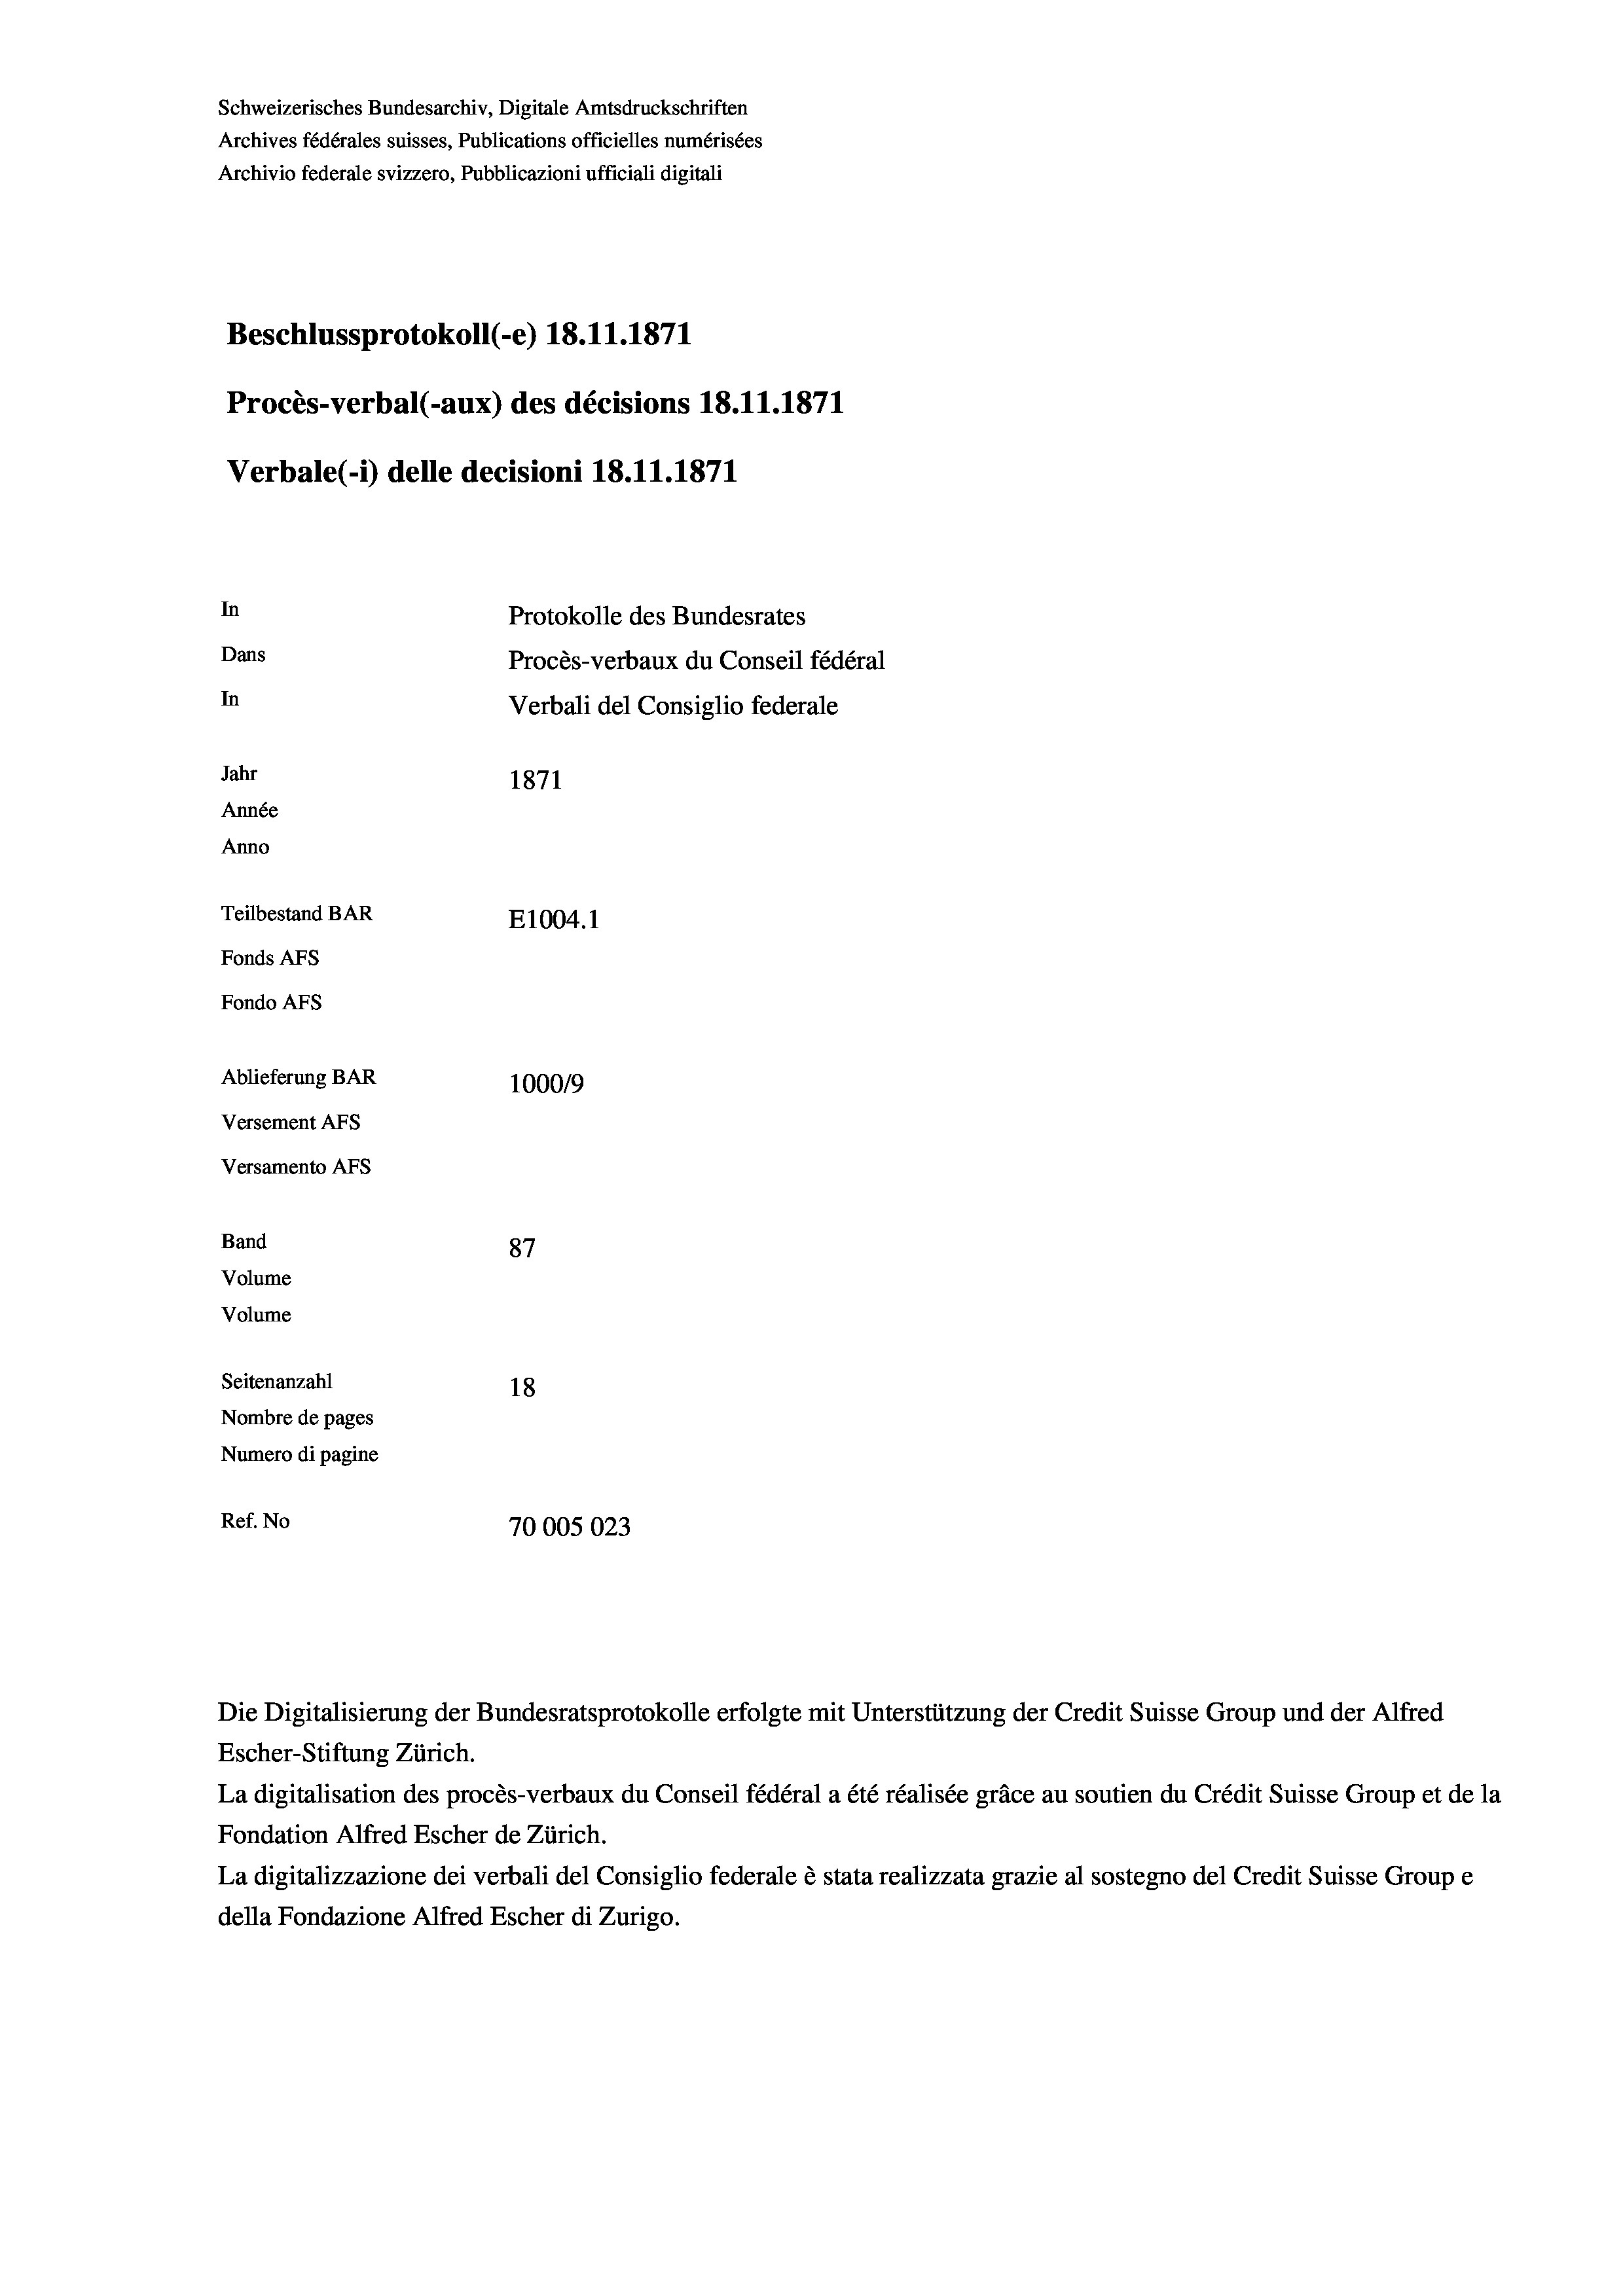
Schweizerisches Bundesarchiv, Digitale Amtsdruckschriften
Archives fédérales suisses, Publications officielles numérisées
Archivio federale svizzero, Pubblicazioni ufficiali digitali
Beschlussprotokoll (-e) 18.11.1871
Procès-verbal (-aux) des décisions 18.11.1871
Verbale(-*) delle decisioni 18.11.1871
In
Protokolle des Bundesrates
Dans
Procès-verbaux du Conseil fédéral
In
Verbali del Consiglio federale
Jahr
1871
Année
Anno
Teilbestand BAR
E1004.1
Fonds Afs
Fondo AFs
Ablieferung BAR
1000/9
Versement Abs
Versamento Afs
Band
87
Volume
Volume
Seitenanzahl
18
Nombre de pages
Numero di pagine
Ref. No
70005023

Escher-Stiftung Zürich.
La digitalisation des procès-verbaux du Conseil fédéral a été réalisée gräce au soutien du Crédit Suisse Group et de la
Fondation Alfred Escher de Zürich.
La digitalizzazione dei verbali del Consiglio federale è stata realizzata grazie al sostegno del Credit Suisse Groupe
della Fondazione Alfred Escher di Zurigo.

Die Digitalisierung der Bundesratsprotokolle erfolgte mit Unterstützung der Credit Suisse Group und der Alfred